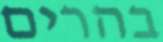
בהרים